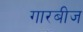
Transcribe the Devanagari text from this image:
गारबीज